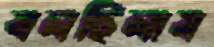
বলছিলাম